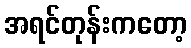
အရင်တုန်းကတော့